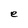
Character: e